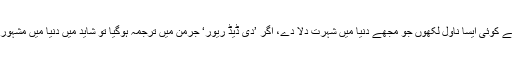
ہوسکتا ہے کوئی ایسا ناول لکھوں جو مجھے دنیا میں شہرت دلا دے، اگر ’دی ڈیڈ ریور‘ جرمن میں ترجمہ ہوگیا تو شاید میں دنیا میں مشہور ہوجاؤں۔